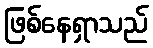
ဖြစ်နေရှာသည်